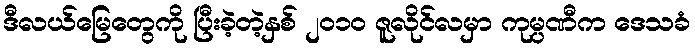
ဒီလယ်မြေတွေကို ပြီးခဲ့တဲ့နှစ် ၂၀၁၀ ဇူလိုင်လမှာ ကုမ္ပဏီက ဒေသခံ